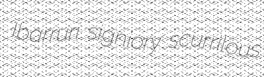
Ibarruri signiory scurrilous